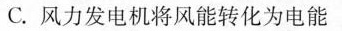
C.风力发电机将风能转化为电能